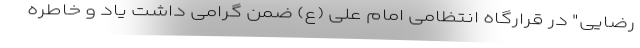
رضایی" در قرارگاه انتظامی امام علی (ع) ضمن گرامی داشت یاد و خاطره